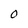
Character: O